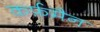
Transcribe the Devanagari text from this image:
कर्फ़मैन